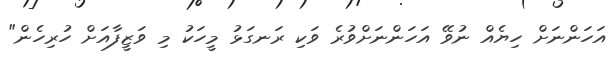
އަހަންނަށް ހިޔެއް ނުވޭ އަހަންނަށްވުރެ ވަކި ރަނގަޅު މީހަކު މި ވަޒީފާއަށް ހުރިހެން"